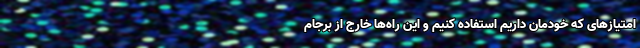
امتیازهای که خودمان داریم استفاده کنیم و این راه‌ها خارج از برجام